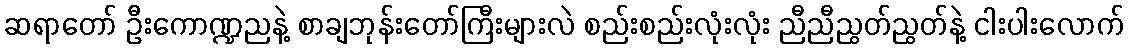
ဆရာတော် ဦးကောဏ္ဍညနဲ့ စာချဘုန်းတော်ကြီးများလဲ စည်းစည်းလုံးလုံး ညီညီညွတ်ညွတ်နဲ့ ငါးပါးလောက်